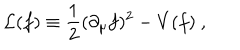
LaTeX: { \cal L } ( f ) \equiv { \frac { 1 } { 2 } } ( \partial _ { \mu } f ) ^ { 2 } - V ( f ) \ ,